Jaan_Tonisson_(Lasteleht), lk 158
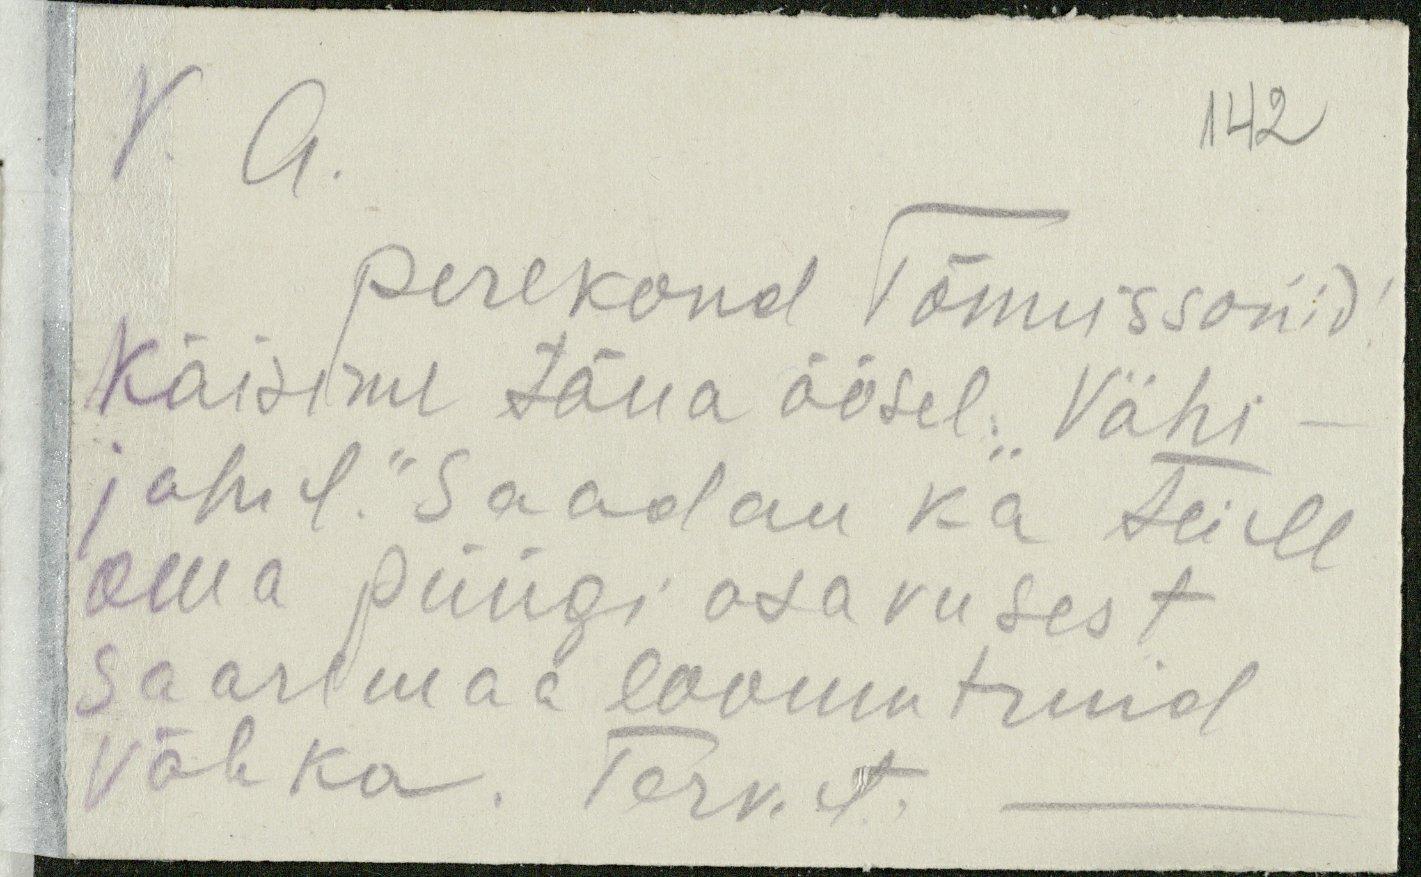
142
V. a.
perekond Tõnnissonid
Käisime täna öösel. Vähi-
jahil." Saadan ka Teile
oma püügi osavusest.
Saaremaa loomutruid
Vähka. Terv. A.